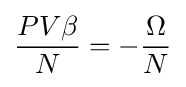
{\frac {PV\beta }{N}}=-{\frac {\Omega }{N}}